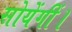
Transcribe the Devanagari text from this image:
सोयेंगीं।